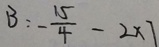
B : - \frac { 1 5 } { 4 } - 2 \times 7